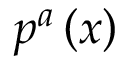
p ^ { a } \left( x \right)